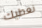
نعطيك